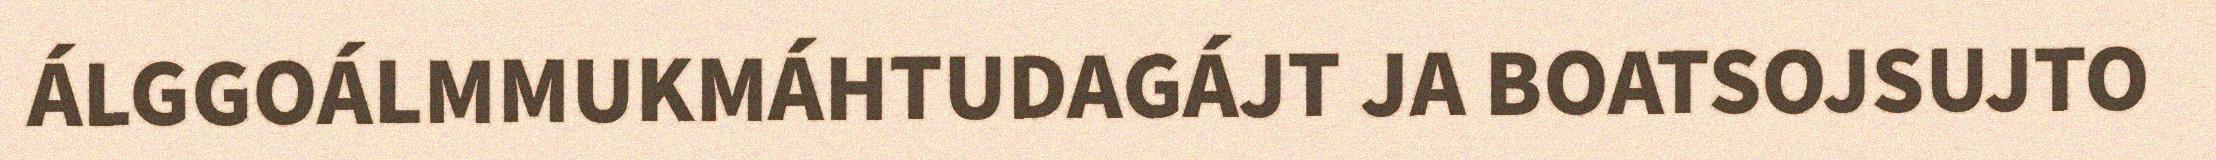
ÁLGGOÁLMMUKMÁHTUDAGÁJT JA BOATSOJSUJTO